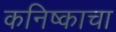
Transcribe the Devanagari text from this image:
कनिष्काचा